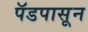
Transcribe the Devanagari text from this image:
पॅडपासून